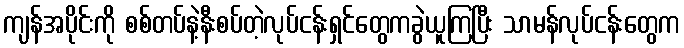
ကျန်အပိုင်းကို စစ်တပ်နဲ့နီးစပ်တဲ့လုပ်ငန်းရှင်တွေကခွဲယူကြပြီး သာမန်လုပ်ငန်းတွေက